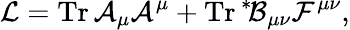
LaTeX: {\cal L}=\mathrm{Tr}\, {\cal A}_{\mu}{\cal A}^{\mu}+\mathrm{Tr}\, \mathrm{}^{*}\! {\cal B}_{\mu\nu}{\cal F}^{\mu\nu},